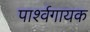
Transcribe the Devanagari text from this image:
पार्श्‍वगायक